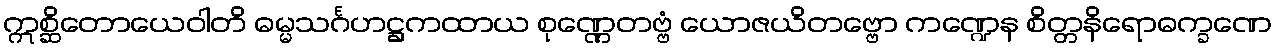
ဣစ္ဆိတောယေဝါတိ ဓမ္မသင်္ဂဟဋ္ဌကထာယ စုဏ္ဏေတဗ္ဗံ ယောဇယိတဗ္ဗော ကဏ္ဍေန စိတ္တနိရောဓက္ခဏေ